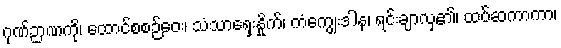
ဂုဏ်ဉာဏကို၊ ထောင်စစဉ်ဝေး၊ သံသာရှေးနှိုက်၊ ကံကျွေးဒါန၊ ရင်းချာလှ၏၊ ထပ်ဆကာကာ၊